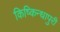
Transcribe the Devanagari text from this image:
किष्किन्धापुरी